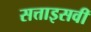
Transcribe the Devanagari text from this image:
सत्ताइसवीं